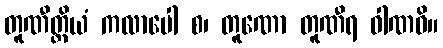
တူဏီတ္ထိယံ ကလာပေါ စ၊ တူဏော တူဏီရ ဝါဏဓိ။